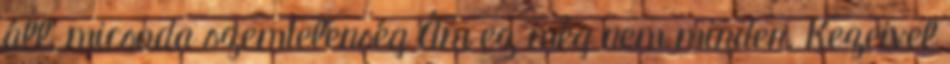
áll, micsoda szemtelenség Ám ez még nem minden. Kezeivel